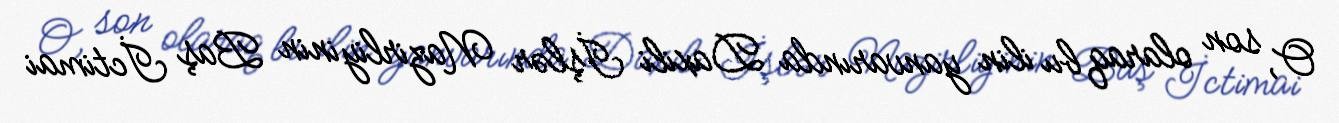
O, son olaraq bu ilin yanvarında Daxili İşlər Nazirliyinin Baş İctimai